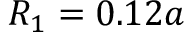
R _ { 1 } = 0 . 1 2 a